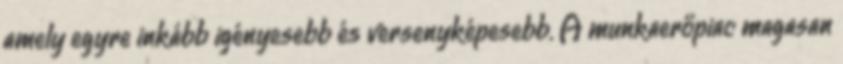
amely egyre inkább igényesebb és versenyképesebb. A munkaerőpiac magasan